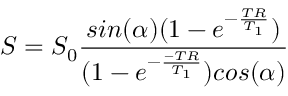
S = S _ { 0 } \frac { s i n ( \alpha ) ( 1 - e ^ { - \frac { T R } { T _ { 1 } } } ) } { ( 1 - e ^ { - \frac { - T R } { T _ { 1 } } } ) c o s ( \alpha ) }